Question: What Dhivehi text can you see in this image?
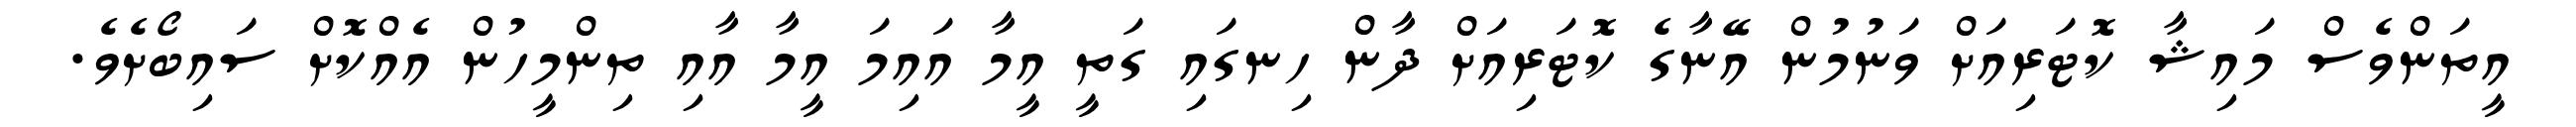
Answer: އީތަންވެސް މައިޝާ ކޮޓަރިއަށް ވަނުމުން އޭނާގެ ކޮޓަރިއަށް ދާން ހިނގައި ގަތީ އީމާ އައިމަ އީމާ އާއި ތިންމީހުން އެއްކޮށް ސައިބޯށެވެ.